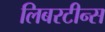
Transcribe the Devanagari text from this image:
लिबरटीन्स